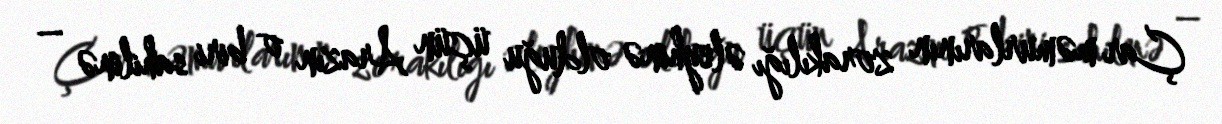
Çar məmurlarının zorakılığı əleyhinə olduğu üçün Arazın o biri sahilinə –